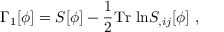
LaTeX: \Gamma _ { 1 } [ \phi ] = S [ \phi ] - \frac { 1 } { 2 } \mathrm { T r \ l n } S _ { , i j } [ \phi ] \ ,